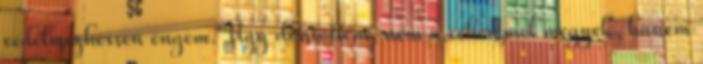
védelmezhessen engem. Úgy döntöttem, nem a céhemmel megyek, hanem